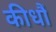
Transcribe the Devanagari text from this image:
कीधौं